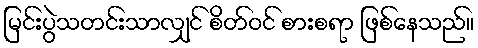
မြင်းပွဲသတင်းသာလျှင် စိတ်ဝင် စားစရာ ဖြစ်နေသည်။